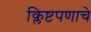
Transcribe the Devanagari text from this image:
क्लिष्टपणाचे